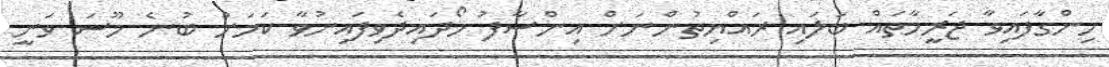
ހިންގާފައިވާ ޖަރީމާތައް ބަލައި ރައްޔިތުންނަށް އިންސާފު ހޯދައިދެވިފައިނުވާ ކަމަށް ބުނެ މޫސަ ވަނީ